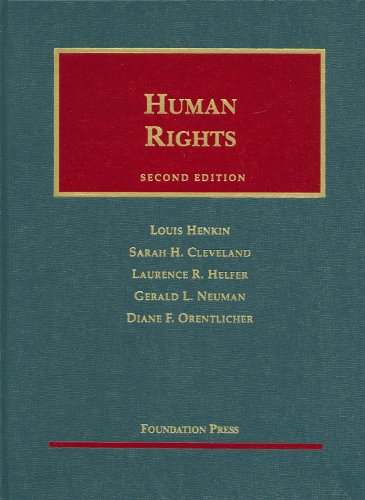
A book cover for Human Rights (University Casebook Series); Louis Henkin; Law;